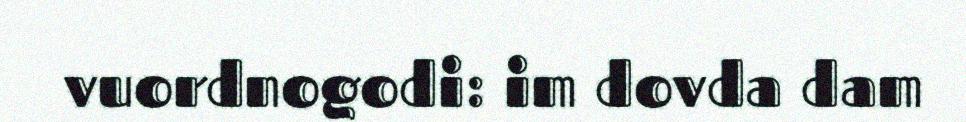
vuordnogodi: im dovda dam